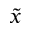
\tilde { x }